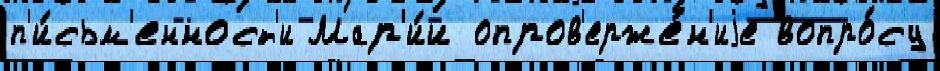
п'и́сьм'енност'и Мар'и́и опров'ерже́н'иjе вопро́су